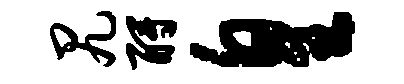
尻酹皇